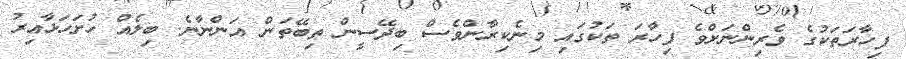
ފިހާރަތަކުގެ ވެރިންނަށްވެ ފިހާރަ ތަކުގައި މިނެކިރާންވެސް ބިދޭސީން ތިބޭތަން އަންނާނެ. ބިލެއް ހުށަހަޅާއިރު